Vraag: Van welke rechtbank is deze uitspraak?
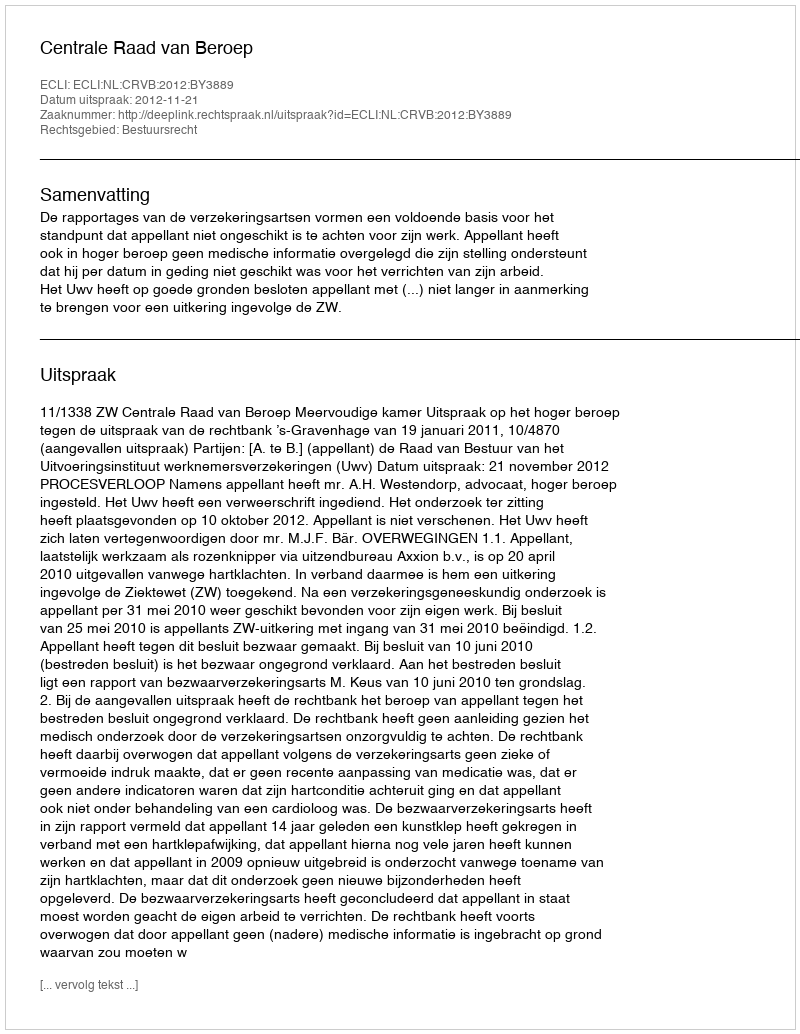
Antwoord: Centrale Raad van Beroep